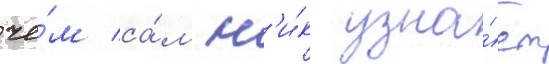
че́м са́м н'и́к узна́ет